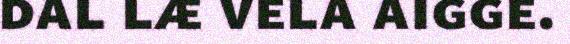
dal læ vela aigge.